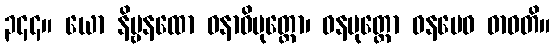
၃၄၄။ ယော နိဗ္ဗနထော ဝနာဓိမုတ္တော၊ ဝနမုတ္တော ဝနမေဝ ဓာဝတိ။